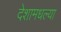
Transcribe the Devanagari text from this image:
देशामधल्या